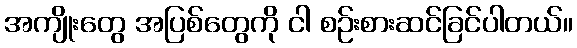
အကျိုးတွေ အပြစ်တွေကို ငါ စဉ်းစားဆင်ခြင်ပါတယ်။